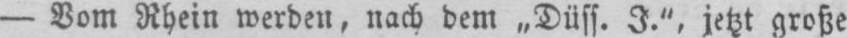
jetzt große